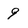
Character: 9